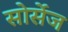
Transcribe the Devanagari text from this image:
सोर्सेज